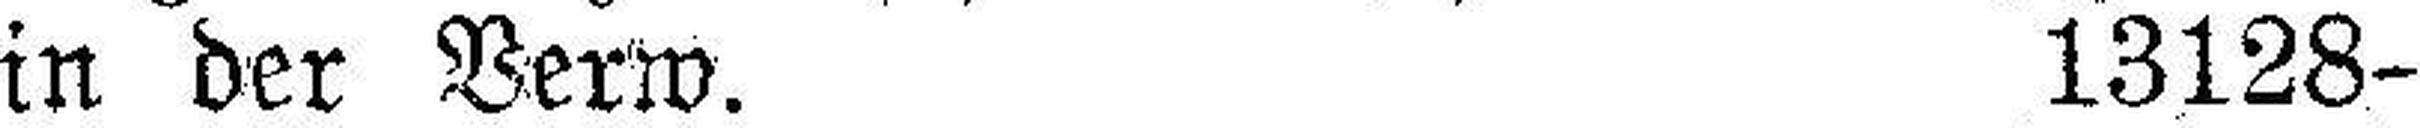
in der Verw. 13128-